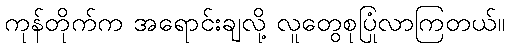
ကုန်တိုက်က အရောင်းချလို့ လူတွေစုပြုံလာကြတယ်။